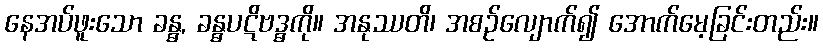
နေအပ်ဖူးသော ခန္ဓ, ခန္ဓပဋိဗဒ္ဓကို။ အနုဿတိ၊ အစဉ်လျောက်၍ အောက်မေ့ခြင်းတည်း။